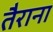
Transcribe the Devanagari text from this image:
तैराना